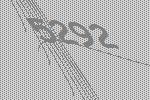
5292